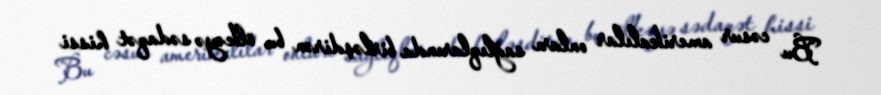
Bu cəsur amerikalılar onları sağlıqlarında birləşdirən bu ölkəyə sədaqət hissi